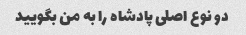
دو نوع اصلی پادشاه را به من بگویید